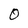
Character: O